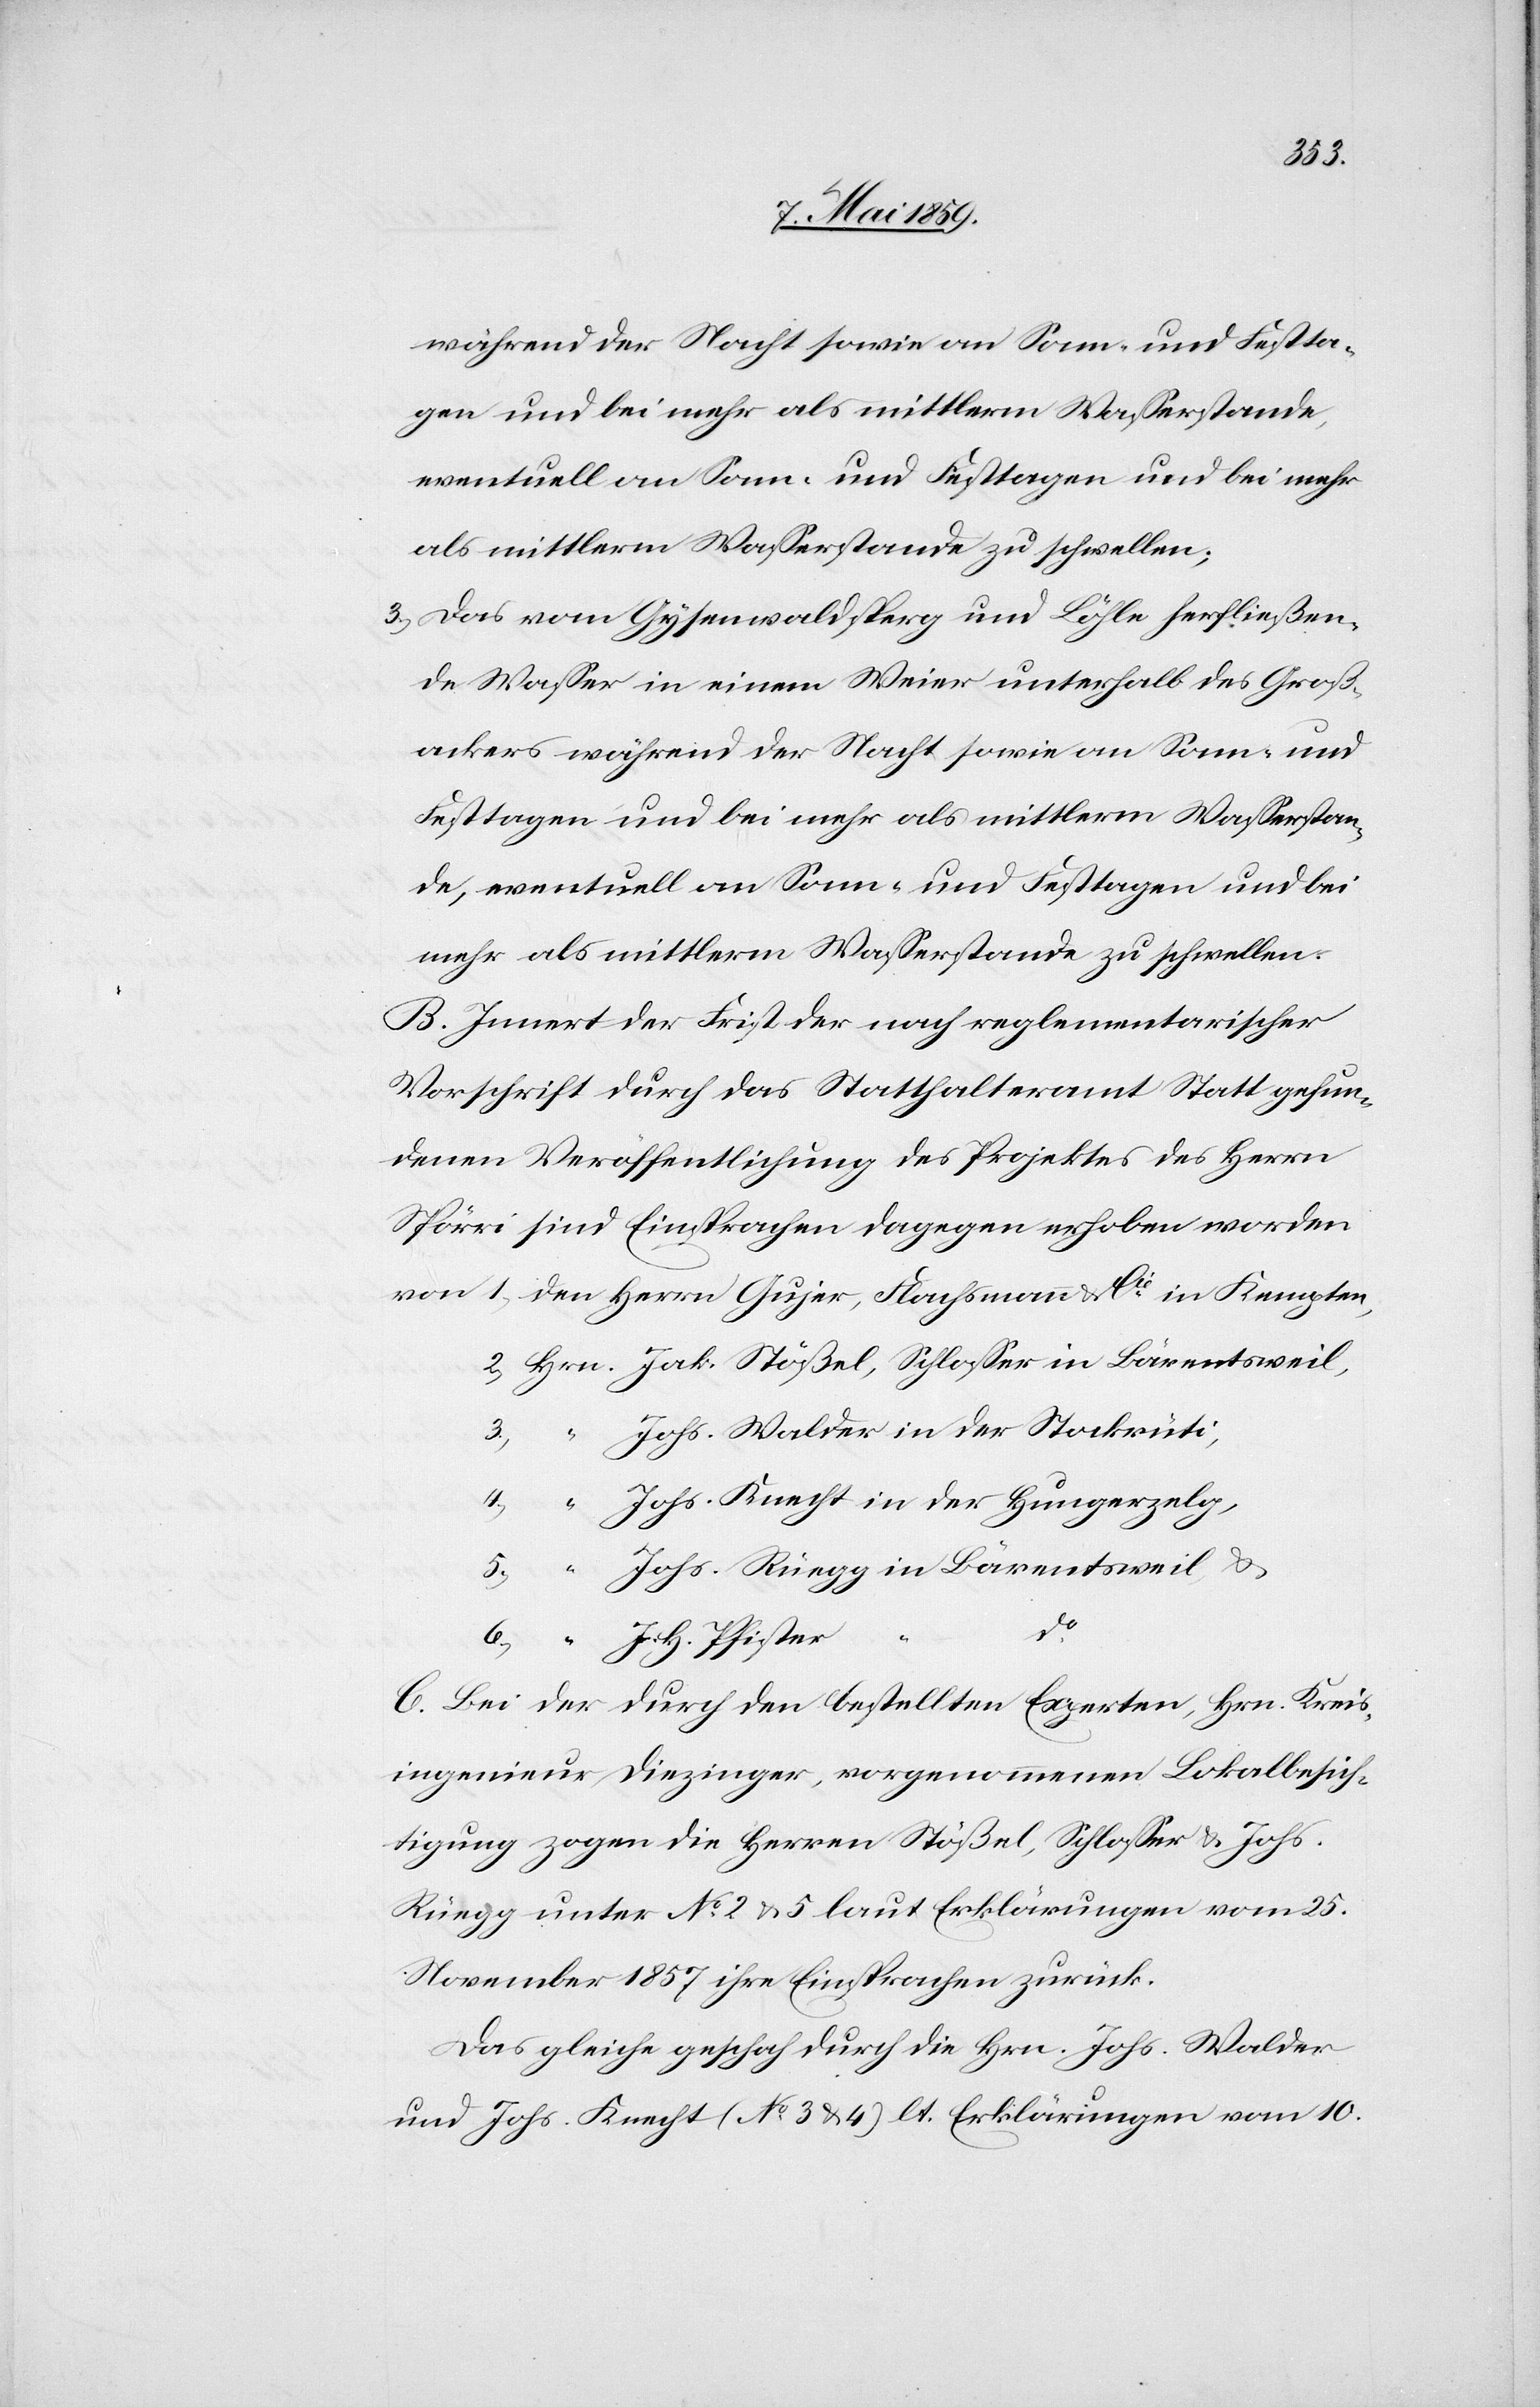
während der Nacht sowie an Sonn- und Festta¬
gen und bei mehr als mittlerm Waßerstande,
eventuell an Sonn- und Festtagen und bei mehr
als mittlerm Waßerstande zu schwellen;
3) Das vom Gysenwaldsperg und Löhle herfließen¬
de Waßer in einem Weier unterhalb des Groß¬
ackers während der Nacht sowie an Sonn- und
Festtagen und bei mehr als mittlerm Waßerstan¬
de, eventuell an Sonn- und Festtagen und bei
mehr als mittlerm Waßerstande zu schwellen.
B. Innert der Frist der nach reglementarischer
Vorschrift durch das Statthalteramt Statt gefun¬
denen Veröffentlichung des Projektes des Herrn
Spörri sind Einsprachen dagegen erhoben worden
Johs. Walder in der Stockrüti,
Johs. Knecht in der Hungerzelg,
Johs. Rüegg in Bärentsweil &
do
3)
J. H. Pfister
C. Bei der durch den bestellten Experten, Hrn. Kreis¬
ingenieur Diezinger, vorgenommenen Lokalbesich¬
tigung zogen die Herren Stößel, Schloßer & Johs.
Rüegg unter No 2 & 5 laut Erklärungen vom 25.
November 1857 ihre Einsprachen zurück.
Das gleiche geschah durch die Hrn. Johs. Walder
und Johs. Knecht (No 3 & 4) lt. Erklärungen vom 10.